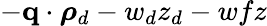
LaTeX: -\mathbf{q}\cdot\boldsymbol{\rho}_{d}-w_{d}z_{d}-wfz